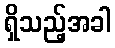
ရှိသည့်အခါ